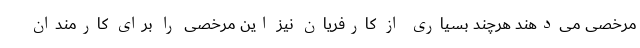
مرخصی می‌دهند هرچند بسیاری از کارفریان نیز این مرخصی را برای کارمندان